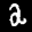
Label: 2